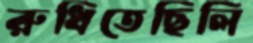
রুধিতেছিলি